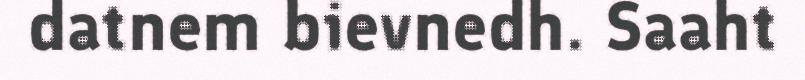
datnem bievnedh. Saaht